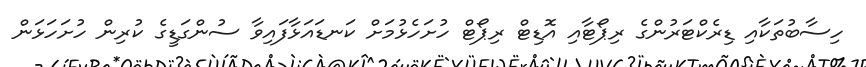
ހިސާބުތަކާއި ޑިރެކްޓަރުންގެ ރިޕޯޓާއި އޮޑިޓް ރިޕޯޓް ހުށަހެޅުމަށް ކަނޑައަޅާފައިވާ ސުންގަޑީގެ ކުރިން ހުށަހަޅަން